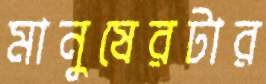
মানুষেরটার